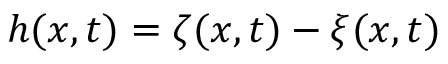
h ( x , t ) = \zeta ( x , t ) - \xi ( x , t )